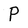
Character: P